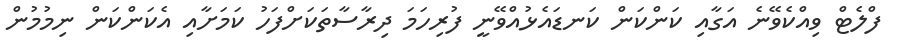
ފްލެޓް ވިއްކެވޭނެ އަގާއި ކަންކަން ކަނޑައެޅުއްވޭނީ ފުރިހަމަ ދިރާސާތަކަށްފަހު ކަމަށާއި އެކަންކަން ނިމުމުން